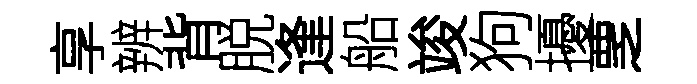
享辨背脱逢船竣狗擾覂